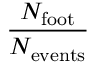
\frac { N _ { \mathrm { f o o t } } } { N _ { \mathrm { e v e n t s } } }